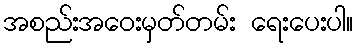
အစည်းအဝေးမှတ်တမ်း ရေးပေးပါ။